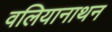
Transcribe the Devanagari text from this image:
वलियानाथन